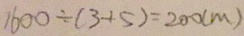
1 6 0 0 \div ( 3 + 5 ) = 2 0 0 ( m )